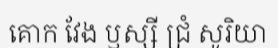
គោក វែង ឫស្សី ជ្រំ សូរិយា